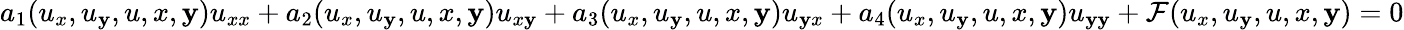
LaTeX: a_{1}(u_{x},u_{\mathbf{y}},u,x,\mathbf{y})u_{xx}+a_{2}(u_{x},u_{\mathbf{y}},u,x,\mathbf{y})u_{x\mathbf{y}}+a_{3}(u_{x},u_{\mathbf{y}},u,x,\mathbf{y})u_{\mathbf{y}x}+a_{4}(u_{x},u_{\mathbf{y}},u,x,\mathbf{y})u_{\mathbf{y}\mathbf{y}}+\mathcal{F}(u_{x},u_{\mathbf{y}},u,x,\mathbf{y})=0